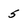
Character: 5